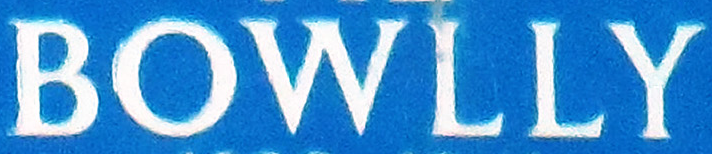
BOWLLY